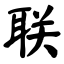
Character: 联